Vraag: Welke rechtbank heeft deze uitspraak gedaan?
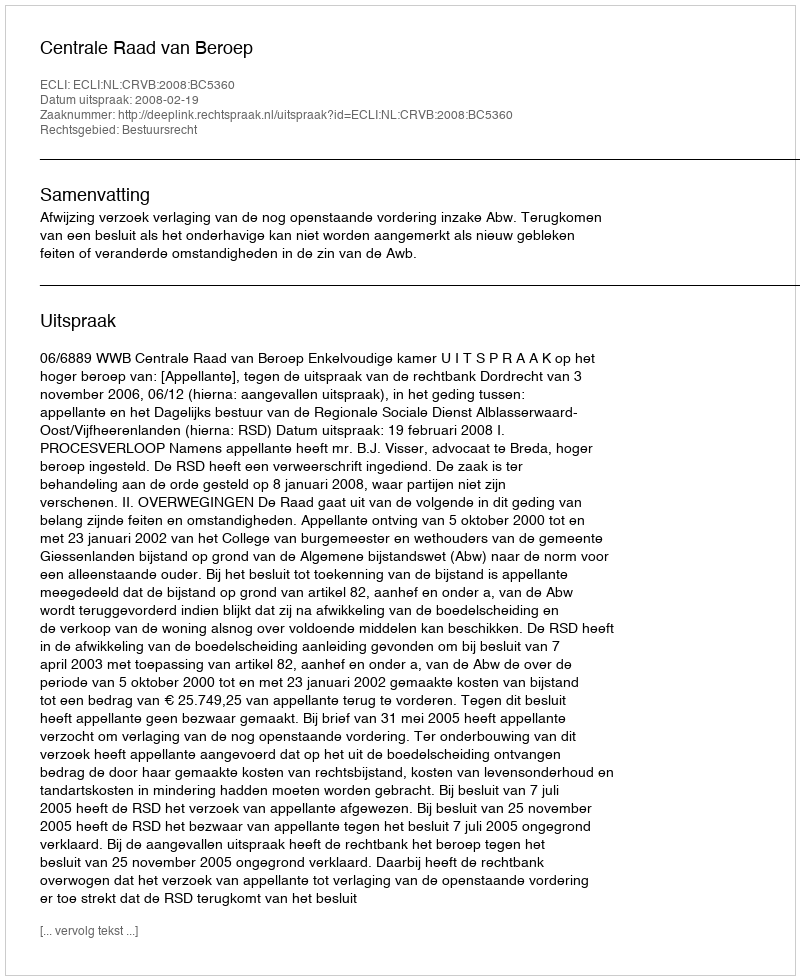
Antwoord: Centrale Raad van Beroep